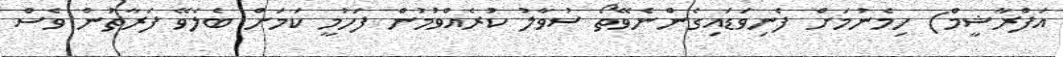
އަފްރާޝީމް) ހިމެނުމަށް ފެނިވަޑައިގެންނެވޭތޯ ސުވާލު ކުރެއްވުމުން ފަހުމީ ކަމަށް ބެލެވޭ ފަރާތުން ވެސް